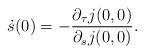
LaTeX: \begin{align*}\dot{s}(0)=-\frac{\partial_{\tau}j(0,0)}{\partial_{s} j(0,0)}.\end{align*}